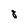
Character: 8